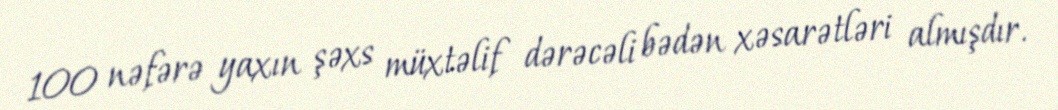
100 nəfərə yaxın şəxs müxtəlif dərəcəli bədən xəsarətləri almışdır.